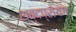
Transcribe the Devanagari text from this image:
शब्दप्रोयग